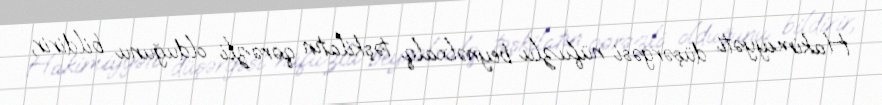
Hakimiyyəti düşərgəsi nüfuzlu beynəlxalq təşkilatın qərəzli olduğunu bildirir,